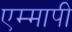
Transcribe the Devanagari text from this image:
एम्मापी